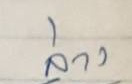
ล่าง